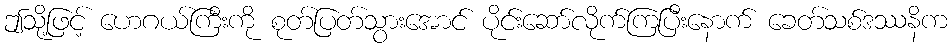
ဤသို့ဖြင့် ဟေဂယ်ကြီးကို စုတ်ပြတ်သွားအောင် ပိုင်းဆော်လိုက်ကြပြီးနောက် ခေတ်သစ်ဒဿနိက